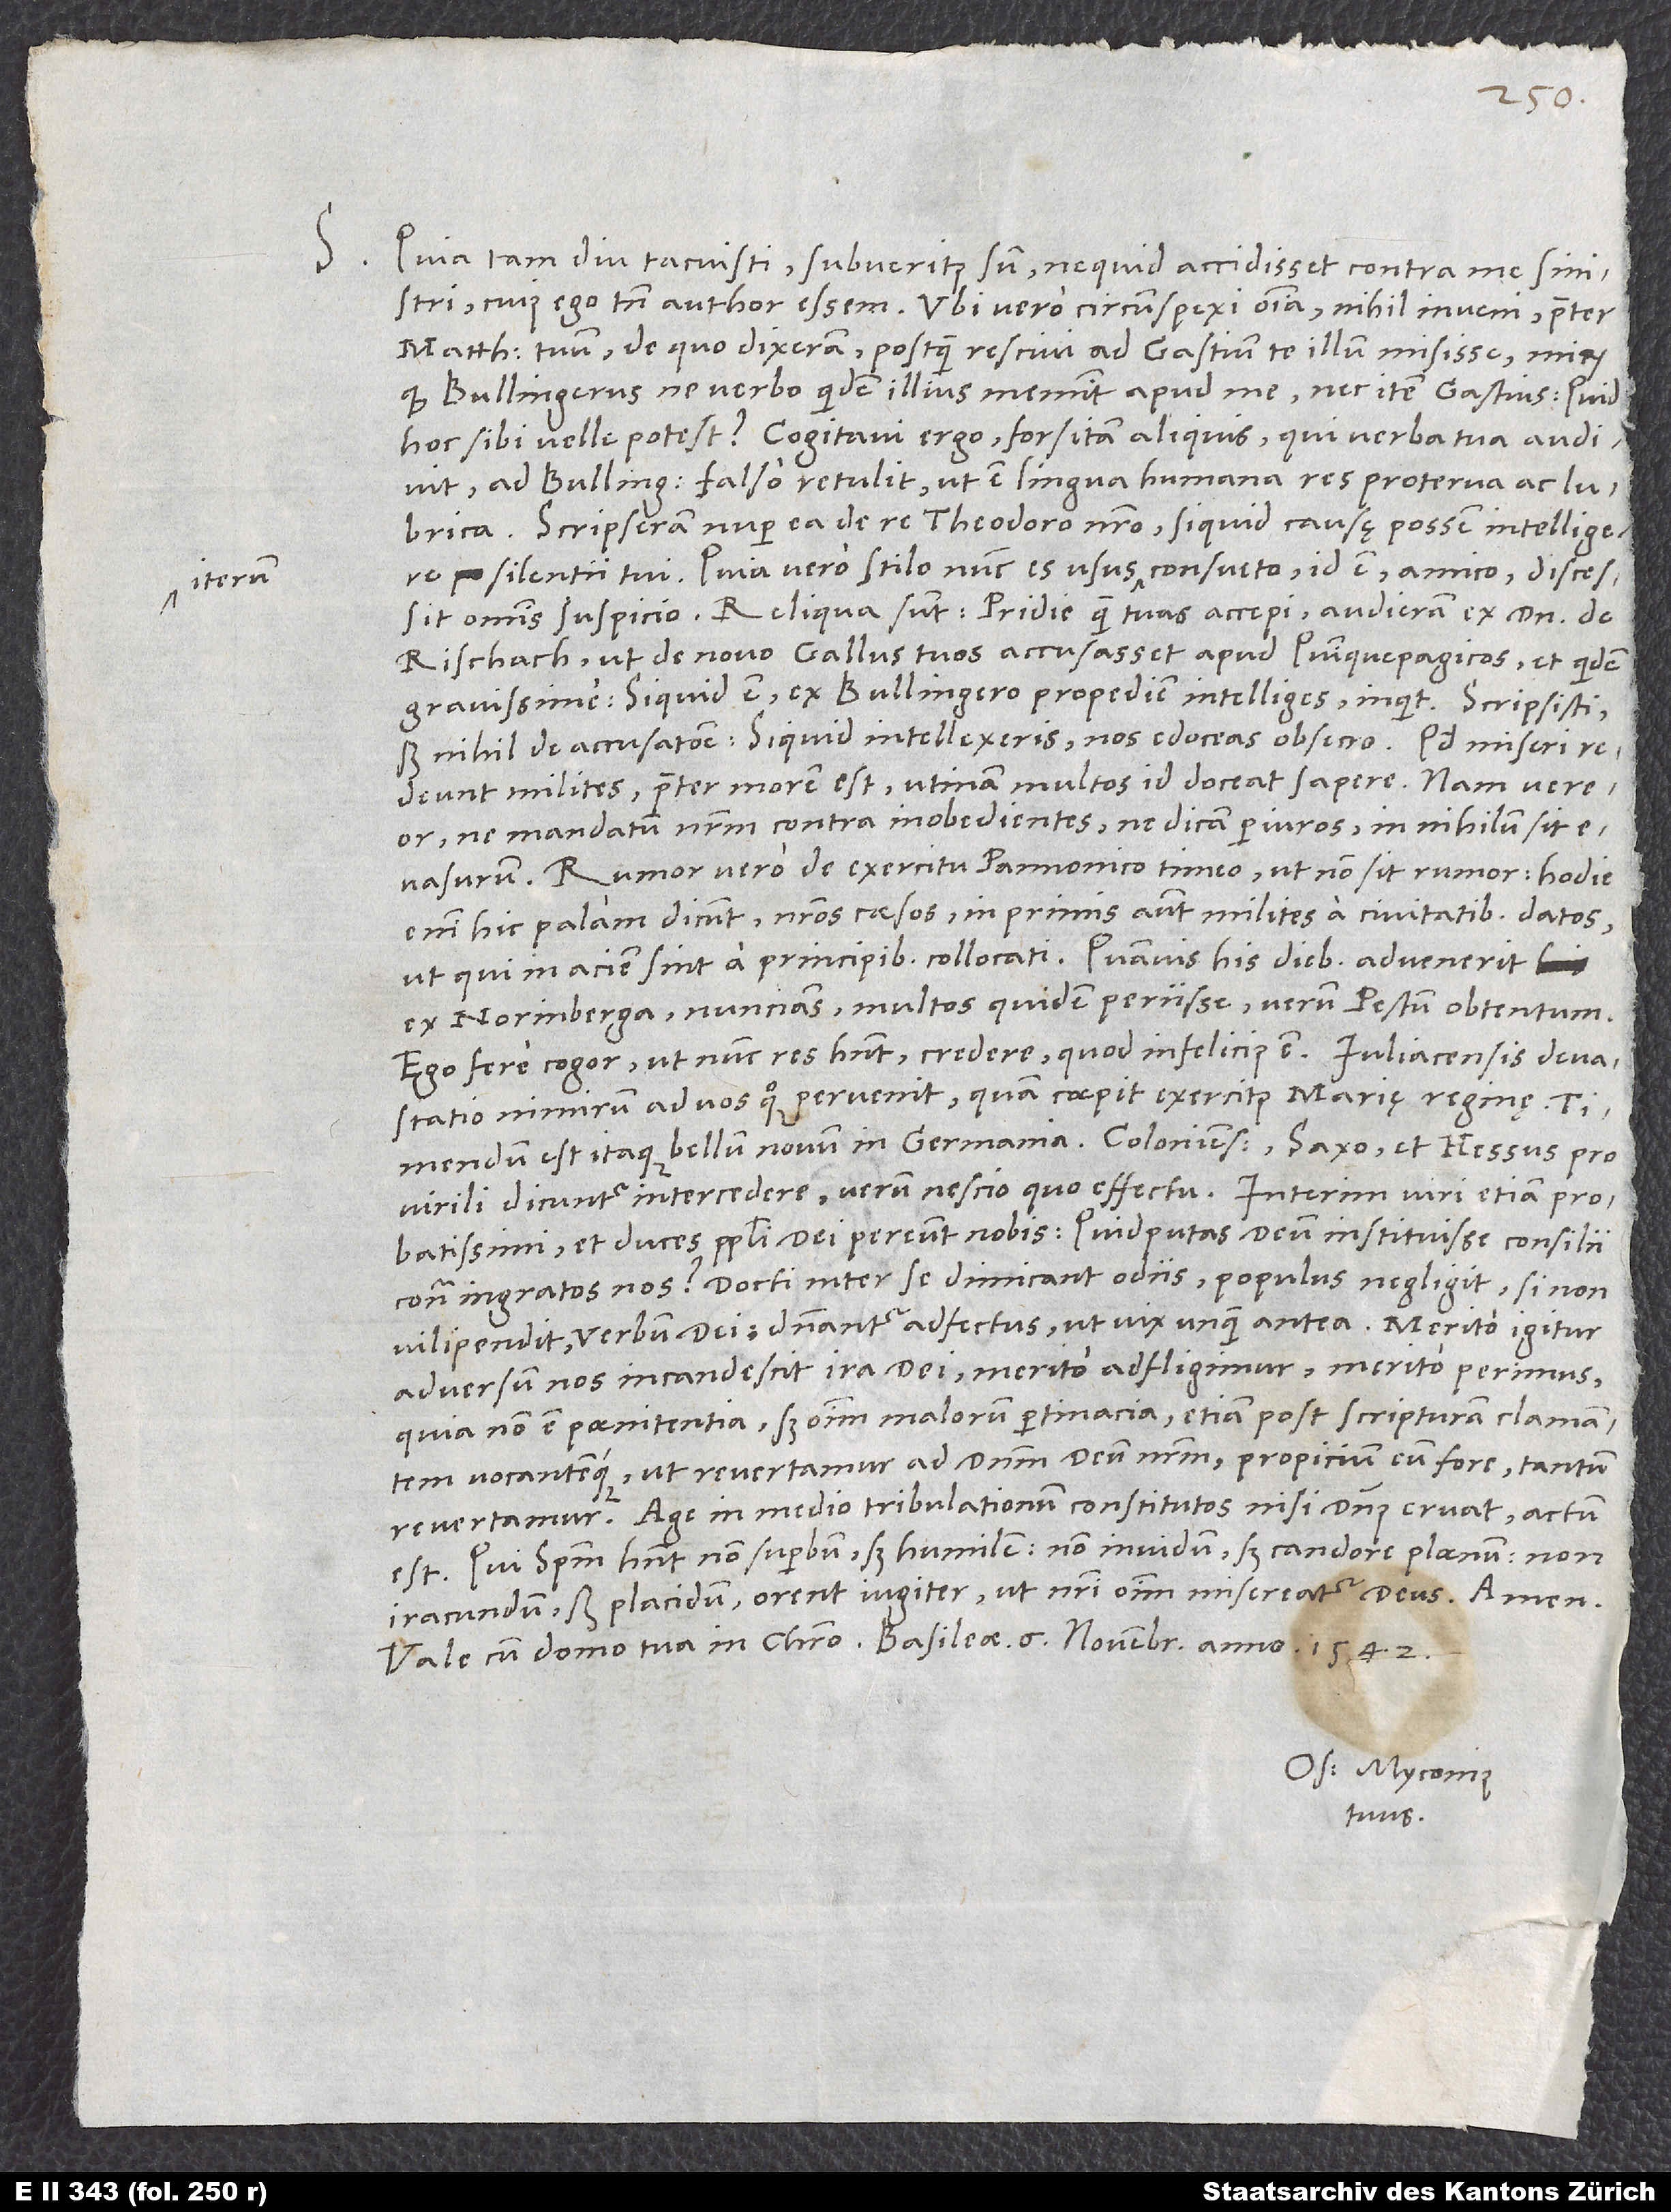
Quia tam diu tacuisti, subveritus sum, ne quid accidisset contra me sinistri,
cuius ego tamen author essem. Ubi vero circumspexi omnia, nihil inveni praeter
Matthaeum tuum, de quo dixeram, postquam rescivi ad Gastium te illum misisse: „Mirum,
quod Bullingerus ne verbo quidem illius meminit apud me nec item Gastius. Quid
hoc sibi velle potest?“ Cogitavi ergo: „Forsitan aliquis, qui verba tua audivit,
ad Bullingerum falso retulit, ut est lingua humana res proterva ac lubrica.“
Scripseram nuper ea de re Theodoro nostro, si quid causę possem intelligere
silentii tui. Quia vero stilo nunc es usus iterum consueto, id est amico, discessit
Rischach, ut de novo Gallus tuos accusasset apud Quinquepagicos et quidem
gravissime. „Siquid est, ex Bullingero propediem intelliges“, inquit.
sed nihil de accusatione. Siquid intellexeris, nos edoceas, obsecro. Quod miseri
redeunt milites, praeter morem est; utinam multos id doceat sapere! Nam vereor,
ne mandatum nostrum contra inobedientes, ne dicam periuros, in nihilum sit
evasurum. Rumor vero de exercitu Pannonico timeo ut non sit rumor; hodie
enim hic palam dicunt nostros caesos, in primis autem milites a civitatibus datos,
ex Norinberga nuncians multos quidem periisse, sed Pestum obtentum.
Ego fere cogor, ut nunc res habent, credere, quod infelicius est.
devastatio nimirum ad vos quoque pervenit, quam coepit exercitus Marię reginę. Timendum
virili dicuntur intercedere, verum nescio, quo effectu. Interim viri etiam probatissimi
et duces populi dei pereunt nobis. Quid putas deum instituisse consilii
contra ingratos nos? Docti inter se dimicant odiis; populus negligit, si non
vilipendit, verbum dei; dominantur adfectus ut vix unquam antea. Merito igitur
adversum nos incandescit ira dei, merito adfligimur, merito perimus,
quia non est poenitentia, sed omnium malorum pertinacia etiam post scripturam clamantem
vocantemque, ut revertamur ad dominum deum nostrum, propicium eum fore, tantum
revertamur. Age, in medio tribulationum constitutos nisi dominus eruat, actum
est. Qui spiritum habent non superbum, sed humilem, non invidum, sed candore plaenum, non
iracundum, sed placidum, orent iugiter, ut nostri omnium misereatur deus. Amen.
Os. Myconius
tuus.